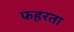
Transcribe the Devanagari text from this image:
फहरता